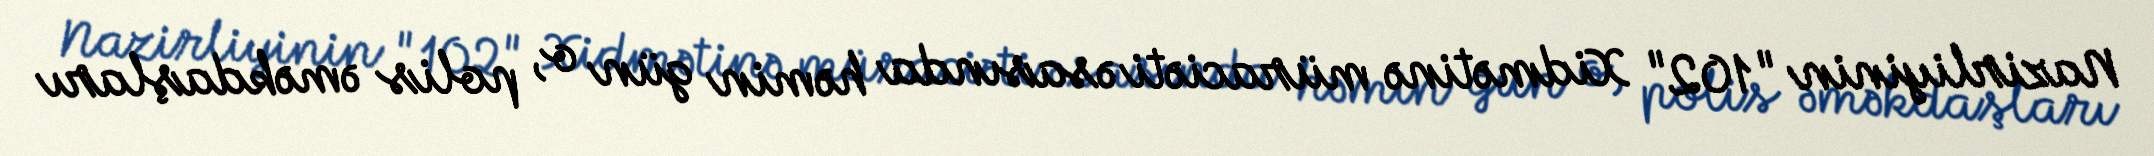
Nazirliyinin "102" Xidmətinə müraciəti əsasında həmin gün o, polis əməkdaşları